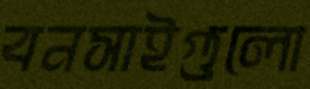
বনসাইগুলো